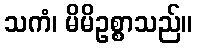
သကံ၊ မိမိဥစ္စာသည်။